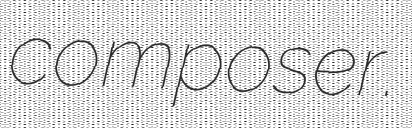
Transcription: composer.